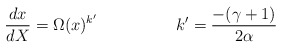
\begin{align*}\frac{dx}{dX}=\Omega(x)^{k'} \hspace{2cm} k'=\frac{-(\gamma+1)}{2\alpha}\end{align*}